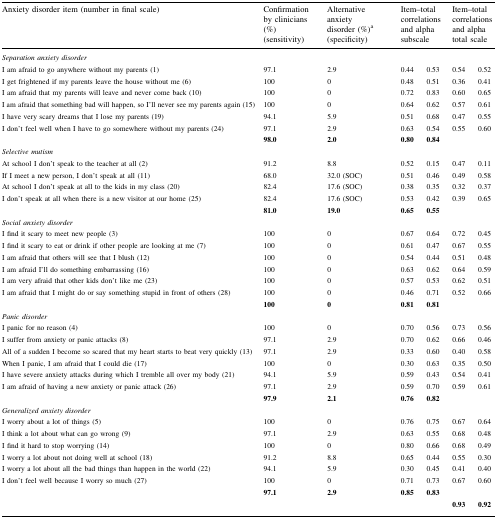
<table><thead><tr><td><b>Anxiety disorder item (number in final scale)</b></td><td><b>Confirmation by clinicians (%) (sensitivity)</b></td><td><b>Alternative anxiety disorder (%)<sup>a</sup> (specificity)</b></td><td colspan="2"><b>Item–total correlations and alpha subscale</b></td><td colspan="2"><b>Item–total correlations and alpha total scale</b></td></tr></thead><tbody><tr><td><i>Separation anxiety disorder</i></td><td></td><td></td><td></td><td></td><td></td><td></td></tr><tr><td>I am afraid to go anywhere without my parents (1)</td><td>97.1</td><td>2.9</td><td>0.44</td><td>0.53</td><td>0.54</td><td>0.52</td></tr><tr><td>I get frightened if my parents leave the house without me (6)</td><td>100</td><td>0</td><td>0.48</td><td>0.51</td><td>0.36</td><td>0.41</td></tr><tr><td>I am afraid that my parents will leave and never come back (10)</td><td>100</td><td>0</td><td>0.72</td><td>0.83</td><td>0.60</td><td>0.65</td></tr><tr><td>I am afraid that something bad will happen, so I’ll never see my parents again (15)</td><td>100</td><td>0</td><td>0.64</td><td>0.62</td><td>0.57</td><td>0.61</td></tr><tr><td>I have very scary dreams that I lose my parents (19)</td><td>94.1</td><td>5.9</td><td>0.51</td><td>0.68</td><td>0.47</td><td>0.55</td></tr><tr><td>I don’t feel well when I have to go somewhere without my parents (24)</td><td>97.1</td><td>2.9</td><td>0.63</td><td>0.54</td><td>0.55</td><td>0.60</td></tr><tr><td></td><td><b>98.0</b></td><td><b>2.0</b></td><td><b>0.80</b></td><td><b>0.84</b></td><td></td><td></td></tr><tr><td><i>Selective mutism</i></td><td></td><td></td><td></td><td></td><td></td><td></td></tr><tr><td>At school I don’t speak to the teacher at all (2)</td><td>91.2</td><td>8.8</td><td>0.52</td><td>0.15</td><td>0.47</td><td>0.11</td></tr><tr><td>If I meet a new person, I don’t speak at all (11)</td><td>68.0</td><td>32.0 (SOC)</td><td>0.51</td><td>0.46</td><td>0.49</td><td>0.58</td></tr><tr><td>At school I don’t speak at all to the kids in my class (20)</td><td>82.4</td><td>17.6 (SOC)</td><td>0.38</td><td>0.35</td><td>0.32</td><td>0.37</td></tr><tr><td>I don’t speak at all when there is a new visitor at our home (25)</td><td>82.4</td><td>17.6 (SOC)</td><td>0.53</td><td>0.42</td><td>0.39</td><td>0.65</td></tr><tr><td></td><td><b>81.0</b></td><td><b>19.0</b></td><td><b>0.65</b></td><td><b>0.55</b></td><td></td><td></td></tr><tr><td><i>Social anxiety disorder</i></td><td></td><td></td><td></td><td></td><td></td><td></td></tr><tr><td>I find it scary to meet new people (3)</td><td>100</td><td>0</td><td>0.67</td><td>0.64</td><td>0.72</td><td>0.45</td></tr><tr><td>I find it scary to eat or drink if other people are looking at me (7)</td><td>100</td><td>0</td><td>0.61</td><td>0.47</td><td>0.67</td><td>0.55</td></tr><tr><td>I am afraid that others will see that I blush (12)</td><td>100</td><td>0</td><td>0.54</td><td>0.44</td><td>0.51</td><td>0.48</td></tr><tr><td>I am afraid I’ll do something embarrassing (16)</td><td>100</td><td>0</td><td>0.63</td><td>0.62</td><td>0.64</td><td>0.59</td></tr><tr><td>I am very afraid that other kids don’t like me (23)</td><td>100</td><td>0</td><td>0.57</td><td>0.53</td><td>0.62</td><td>0.51</td></tr><tr><td>I am afraid that I might do or say something stupid in front of others (28)</td><td>100</td><td>0</td><td>0.46</td><td>0.71</td><td>0.52</td><td>0.66</td></tr><tr><td></td><td><b>100</b></td><td><b>0</b></td><td><b>0.81</b></td><td><b>0.81</b></td><td></td><td></td></tr><tr><td><i>Panic disorder</i></td><td></td><td></td><td></td><td></td><td></td><td></td></tr><tr><td>I panic for no reason (4)</td><td>100</td><td>0</td><td>0.70</td><td>0.56</td><td>0.73</td><td>0.56</td></tr><tr><td>I suffer from anxiety or panic attacks (8)</td><td>97.1</td><td>2.9</td><td>0.70</td><td>0.62</td><td>0.66</td><td>0.46</td></tr><tr><td>All of a sudden I become so scared that my heart starts to beat very quickly (13)</td><td>97.1</td><td>2.9</td><td>0.33</td><td>0.60</td><td>0.40</td><td>0.58</td></tr><tr><td>When I panic, I am afraid that I could die (17)</td><td>100</td><td>0</td><td>0.30</td><td>0.63</td><td>0.35</td><td>0.50</td></tr><tr><td>I have severe anxiety attacks during which I tremble all over my body (21)</td><td>94.1</td><td>5.9</td><td>0.59</td><td>0.43</td><td>0.54</td><td>0.41</td></tr><tr><td>I am afraid of having a new anxiety or panic attack (26)</td><td>97.1</td><td>2.9</td><td>0.59</td><td>0.70</td><td>0.59</td><td>0.61</td></tr><tr><td></td><td><b>97.9</b></td><td><b>2.1</b></td><td><b>0.76</b></td><td><b>0.82</b></td><td></td><td></td></tr><tr><td><i>Generalized anxiety disorder</i></td><td></td><td></td><td></td><td></td><td></td><td></td></tr><tr><td>I worry about a lot of things (5)</td><td>100</td><td>0</td><td>0.76</td><td>0.75</td><td>0.67</td><td>0.64</td></tr><tr><td>I think a lot about what can go wrong (9)</td><td>97.1</td><td>2.9</td><td>0.63</td><td>0.55</td><td>0.68</td><td>0.48</td></tr><tr><td>I find it hard to stop worrying (14)</td><td>100</td><td>0</td><td>0.80</td><td>0.66</td><td>0.68</td><td>0.49</td></tr><tr><td>I worry a lot about not doing well at school (18)</td><td>91.2</td><td>8.8</td><td>0.65</td><td>0.44</td><td>0.55</td><td>0.30</td></tr><tr><td>I worry a lot about all the bad things than happen in the world (22)</td><td>94.1</td><td>5.9</td><td>0.30</td><td>0.45</td><td>0.41</td><td>0.40</td></tr><tr><td>I don’t feel well because I worry so much (27)</td><td>100</td><td>0</td><td>0.71</td><td>0.73</td><td>0.67</td><td>0.60</td></tr><tr><td></td><td><b>97.1</b></td><td><b>2.9</b></td><td><b>0.85</b></td><td><b>0.83</b></td><td></td><td></td></tr><tr><td></td><td></td><td></td><td></td><td></td><td><b>0.93</b></td><td><b>0.92</b></td></tr></tbody></table>